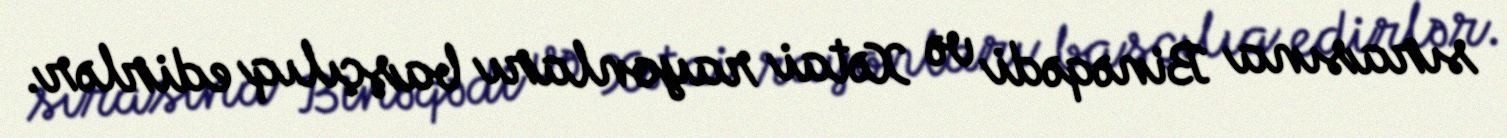
sırasına Binəqədi və Xətai rayonları başçılıq edirlər.